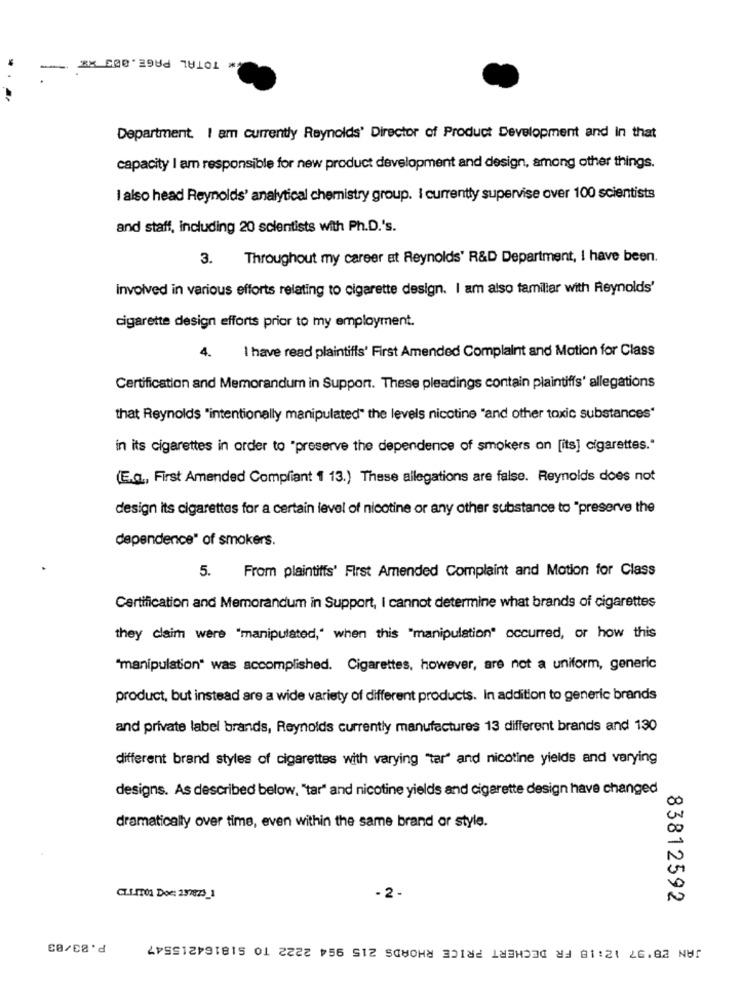
* TOTAL PAGE.803 RX
Department. I am currently Reynolds' Director of Product Development and In that
capacity I am responsible for new product development and design, among other things.
I also head Reynolds' analytical chemistry group. I currently supervise over 100 scientists
and staff, including 20 scientists with Ph.D.'s.
3. Throughout my career at Reynolds' R&D Department, I have been.
involved in various efforts relating to cigarette design. I am also familiar with Reynolds'
cigarette design efforts prior to my employment.
4. I have read plaintiffs' First Amended Complaint and Motion for Class
Certification and Memorandum in Support. These pleadings contain plaintiffs' allegations
that Reynolds "intentionally manipulated" the levels nicotine "and other toxic substances"
in its cigarettes in order to "preserve the dependence of smokers on [its] cigarettes."
(E.G ., First Amended Compliant 1 13.) These allegations are false. Reynolds does not
design its cigarettes for a certain level of nicotine or any other substance to "preserve the
dependence" of smokers.
From plaintiffs' First Amended Complaint and Motion for Class
5.
Certification and Memorandum in Support, I cannot determine what brands of cigarettes
they claim were "manipulated," when this "manipulation" occurred, or how this
"manipulation" was accomplished. Cigarettes, however, are not a uniform, generic
product, but instead are a wide variety of different products. In addition to generic brands
and private label brands, Reynolds currently manufactures 13 different brands and 130
different brand styles of cigarettes with varying "tar" and nicotine yields and varying
designs. As described below, "tar" and nicotine yields and cigarette design have changed
00
dramatically over time, even within the same brand or style.
N
CLI.moi Doe: 297823_1
- 2-
83812592
P.83/03
JAN 28'97 12:18 FR DECHERT PRICE RHOADS 215 994 2222 TO $18164215547